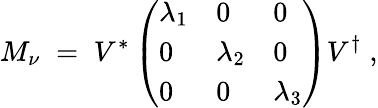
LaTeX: M_{\nu}\; =\; V^{*}\left(\begin{array}{lll}{{\lambda_{1}}}&{{0}}&{{0}}\\ {{0}}&{{\lambda_{2}}}&{{0}}\\ {{0}}&{{0}}&{{\lambda_{3}}}\end{array}\right)V^{\dagger}\; ,